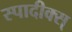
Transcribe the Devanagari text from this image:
स्पादीक्स्